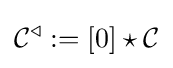
{\mathcal {C}}^{\triangleleft }:=[0]\star {\mathcal {C}}